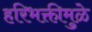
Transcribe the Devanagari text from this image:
हरिभक्तीमुळे